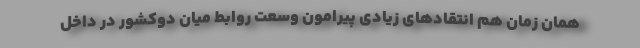
همان زمان هم انتقادهای زیادی پیرامون وسعت روابط میان دوکشور در داخل